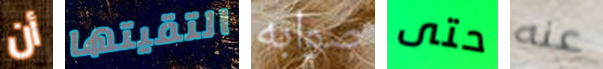
أن التقيتها صوابه حتى عنه